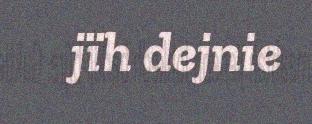
jïh dejnie